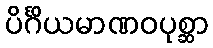
ပိင်္ဂိယမာဏဝပုစ္ဆာ